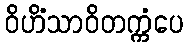
ဝိဟိံသာဝိတက္ကံပေ